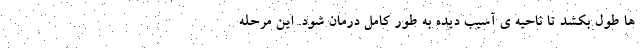
ها طول بکشد تا ناحيه ی آسيب ديده به طور کامل درمان شود. اين مرحله